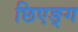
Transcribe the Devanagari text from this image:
छिएङ्ग